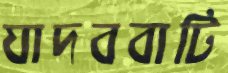
যাদববাটি